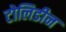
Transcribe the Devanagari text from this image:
टोलिडीन